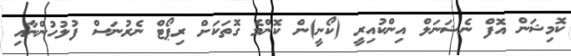
ކޮމިޝަން އޮފް ނެޝަނަލް އިންކުއިރީ (ކޯނީ)ން ކޮންމެ ގޮތަކަށް ރިޕޯޓް ނެރުނަސް ފުލުހުންނާއި